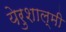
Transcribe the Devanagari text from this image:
येरुशाल्मी